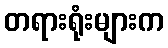
တရားရုံးများက